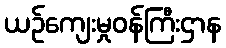
ယဉ်ကျေးမှုဝန်ကြီးဌာန